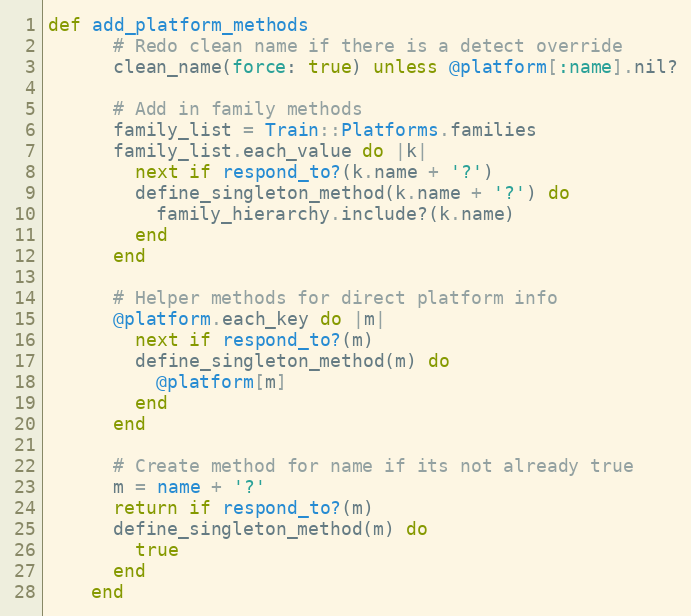
Language: Ruby
def add_platform_methods
      # Redo clean name if there is a detect override
      clean_name(force: true) unless @platform[:name].nil?

      # Add in family methods
      family_list = Train::Platforms.families
      family_list.each_value do |k|
        next if respond_to?(k.name + '?')
        define_singleton_method(k.name + '?') do
          family_hierarchy.include?(k.name)
        end
      end

      # Helper methods for direct platform info
      @platform.each_key do |m|
        next if respond_to?(m)
        define_singleton_method(m) do
          @platform[m]
        end
      end

      # Create method for name if its not already true
      m = name + '?'
      return if respond_to?(m)
      define_singleton_method(m) do
        true
      end
    end